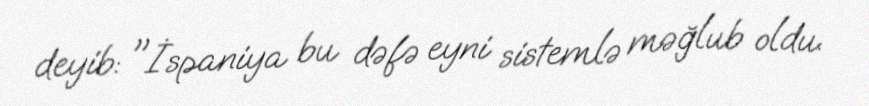
deyib: "İspaniya bu dəfə eyni sistemlə məğlub oldu.